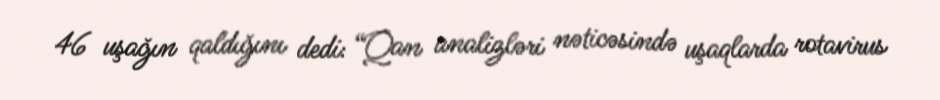
46 uşağın qaldığını dedi: “Qan analizləri nəticəsində uşaqlarda rotavirus